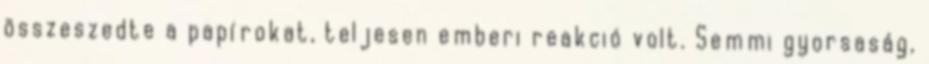
összeszedte a papírokat, teljesen emberi reakció volt. Semmi gyorsaság,